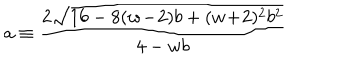
LaTeX: a \equiv \frac { 2 \sqrt { 1 6 - 8 ( w \! - \! 2 ) b + ( w \! + \! 2 ) ^ { 2 } b ^ { 2 } } } { 4 - w b }